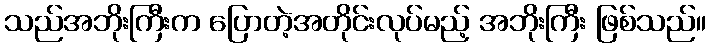
သည်အဘိုးကြီးက ပြောတဲ့အတိုင်းလုပ်မည့် အဘိုးကြီး ဖြစ်သည်။